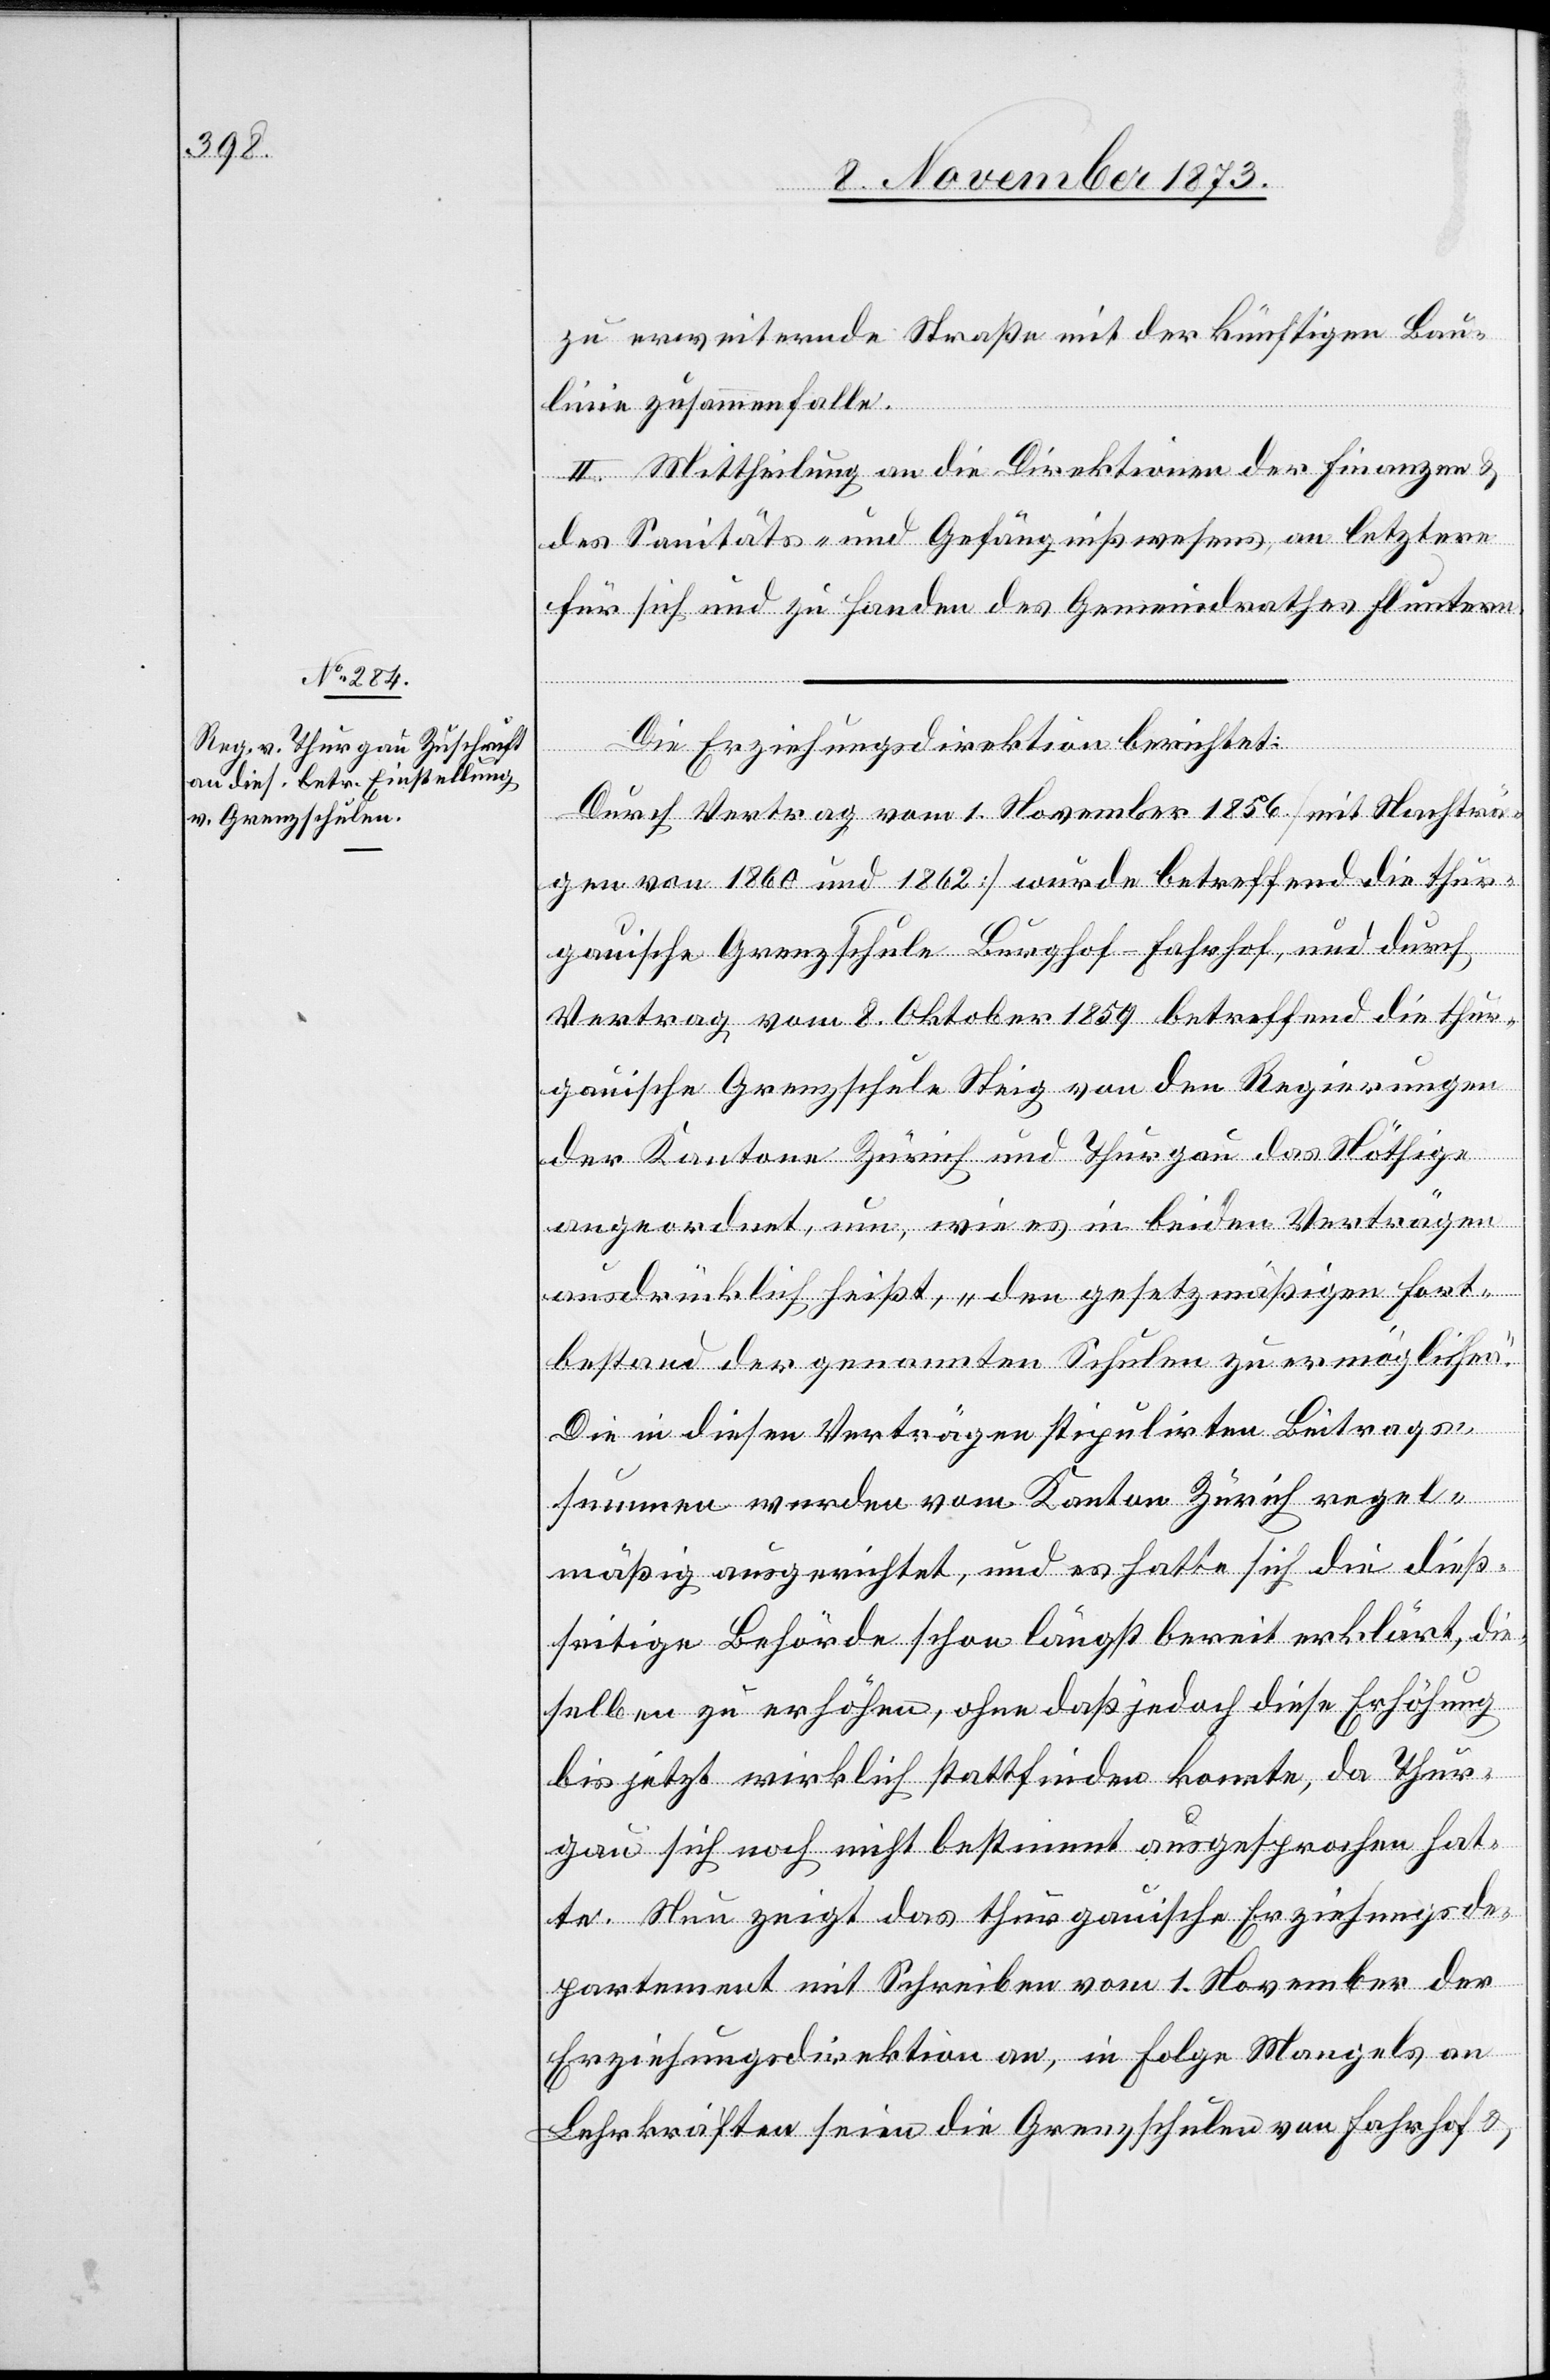
zu erweiternde Straße mit der künftigen Bau¬
linie zusammenfalle.
II. Mittheilung an die Direktionen der Finanzen &
des Sanitäts- und Gefängnißwesens, an letztere
für sich und zu Handen des Gemeindrathes Fluntern.